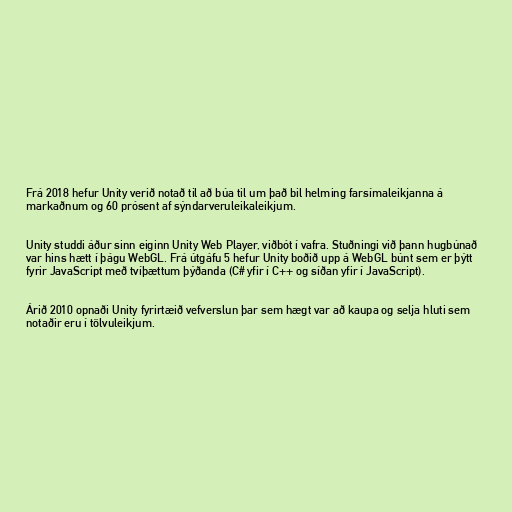
Frá 2018 hefur Unity verið notað til að búa til um það bil helming farsímaleikjanna á
markaðnum og 60 prósent af sýndarveruleikaleikjum.

Unity studdi áður sinn eiginn Unity Web Player, viðbót í vafra. Stuðningi við þann hugbúnað
var hins hætt í þágu WebGL. Frá útgáfu 5 hefur Unity boðið upp á WebGL búnt sem er þýtt
fyrir JavaScript með tvíþættum þýðanda (C# yfir í C++ og síðan yfir í JavaScript).

Árið 2010 opnaði Unity fyrirtæið vefverslun þar sem hægt var að kaupa og selja hluti sem
notaðir eru í tölvuleikjum.